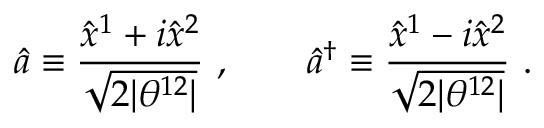
\hat { a } \equiv \frac { \hat { x } ^ { 1 } + i \hat { x } ^ { 2 } } { \sqrt { 2 | \theta ^ { 1 2 } | } } ~ , \qquad \hat { a } ^ { \dagger } \equiv \frac { \hat { x } ^ { 1 } - i \hat { x } ^ { 2 } } { \sqrt { 2 | \theta ^ { 1 2 } | } } ~ .